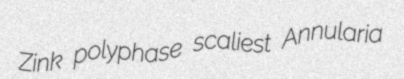
Zink polyphase scaliest Annularia